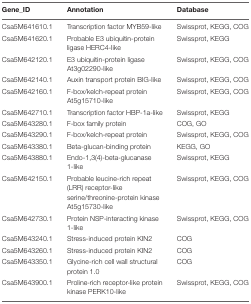
<table><thead><tr><td><b>Gene_ID</b></td><td><b>Annotation</b></td><td><b>Database</b></td></tr></thead><tbody><tr><td>Csa5M641610.1</td><td>Transcription factor MYB59-like</td><td>Swissprot, KEGG, COG</td></tr><tr><td>Csa5M641620.1</td><td>Probable E3 ubiquitin-protein ligase HERC4-like</td><td>Swissprot, KEGG</td></tr><tr><td>Csa5M642120.1</td><td>E3 ubiquitin-protein ligase At3g02290-like</td><td>Swissprot, KEGG, COG</td></tr><tr><td>Csa5M642140.1</td><td>Auxin transport protein BIG-like</td><td>Swissprot, KEGG, COG</td></tr><tr><td>Csa5M642160.1</td><td>F-box/kelch-repeat protein At5g15710-like</td><td>Swissprot, KEGG, COG</td></tr><tr><td>Csa5M642710.1</td><td>Transcription factor HBP-1a-like</td><td>Swissprot, KEGG</td></tr><tr><td>Csa5M643280.1</td><td>F-box family protein</td><td>COG, GO</td></tr><tr><td>Csa5M643290.1</td><td>F-box/kelch-repeat protein</td><td>Swissprot, KEGG, COG</td></tr><tr><td>Csa5M643380.1</td><td>Beta-glucan-binding protein</td><td>KEGG, GO</td></tr><tr><td>Csa5M643880.1</td><td>Endo-1,3(4)-beta-glucanase 1-like</td><td>Swissprot, KEGG</td></tr><tr><td>Csa5M642150.1</td><td>Probable leucine-rich repeat (LRR) receptor-like serine/threonine-protein kinase At5g15730-like</td><td>Swissprot, KEGG, COG</td></tr><tr><td>Csa5M642730.1</td><td>Protein NSP-interacting kinase 1-like</td><td>Swissprot, KEGG, COG</td></tr><tr><td>Csa5M643240.1</td><td>Stress-induced protein KIN2</td><td>COG</td></tr><tr><td>Csa5M643260.1</td><td>Stress-induced protein KIN2</td><td>COG</td></tr><tr><td>Csa5M643350.1</td><td>Glycine-rich cell wall structural protein 1.0</td><td>COG</td></tr><tr><td>Csa5M643900.1</td><td>Proline-rich receptor-like protein kinase PERK10-like</td><td>Swissprot, KEGG, COG</td></tr></tbody></table>